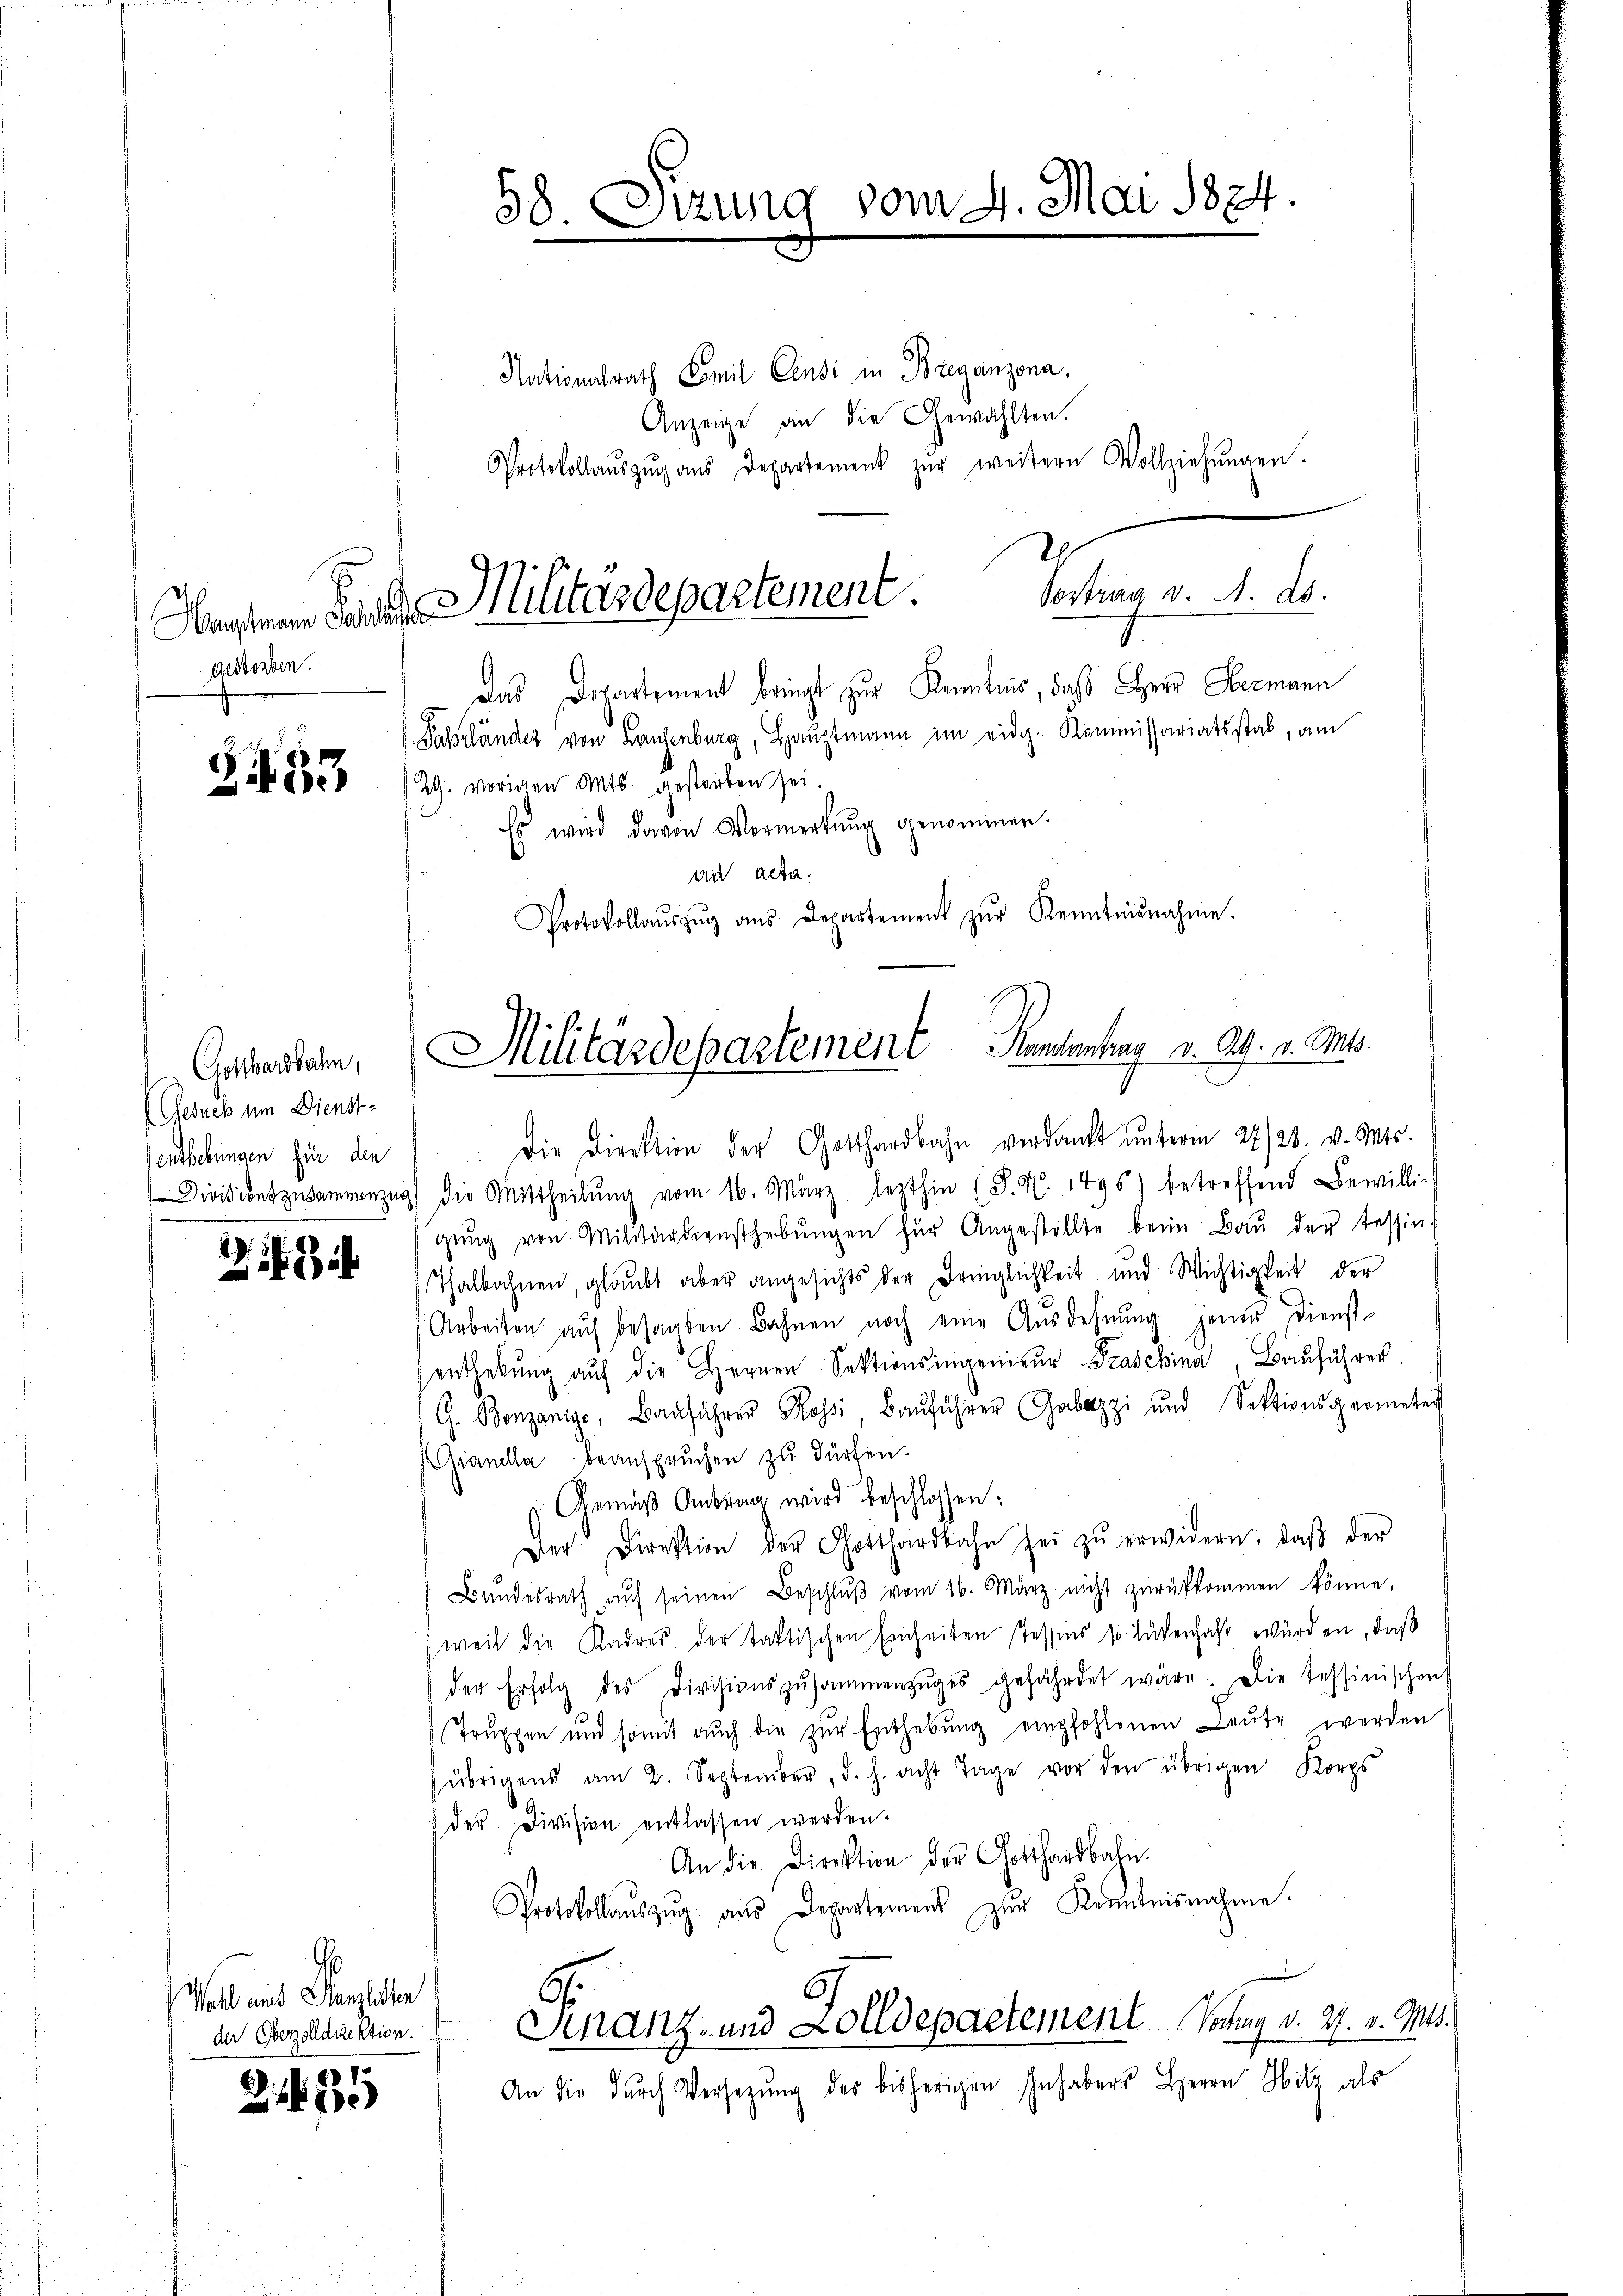
gestorben.

Zi453

1.
21)

Gotthardbahn,
(Gesuch um Dienst-
enthebungen für den

G
Wahl und Kanzlisten

Nationalrath Emil Censi in Breganzona.
Anzeige an die Gewählten.
Protokollaŭszŭg aŭs Departement zŭr weitern Vollziehŭngen.
2
Das Departement bringt zur Kenntnis, daß Herr Hermann
Fahrländer von Frauenburg, Hauptmann im eidg. Kommissariatsstab, am
29. vorigen Mts. gestorben sei.
Es wird davon Vormerkŭng genommen.
die acta.
Protokollaŭszŭg aŭs Departement zŭr Kenntnisnahme.

Die Direktion der Gotthardbahn verdankt ŭnterm 22/28. v. Mts.
Divisions zusammenzug die Mittheilŭng vom 16. März lezthin (P. N. 1495) betreffend Bewilligŭng von Militärdiensthebŭngen für Angestellte beim Baŭ der tessin-
Thalbahnen, glaubt aber angesichts der Dringlichkeit und Wichtigkeit der
Arbeiten aŭf besagten Bahnen noch eine Ausdehnŭng jenen Dienst-
enthebŭng aŭf die Herren Sektionsingenieŭr Praschina, Bauführer
G. Bonzonigo, Bauführer Kossi, Bauführer Gabuzzi und Sektionsgeometer
Gianella beanspruchen zu dürfen.
Gemäß Antrag wird beschlossen:
Der Direktion der Gotthardbahn sei zŭ erwidern, daβ der
Bŭndesrath aŭf seinen Beschlŭβ vom 16. März nicht zŭrückkommen könne,
weil die Kadres der taktischen Einheiten tessens so lütenhaft würden, daß
der Erfolg des Divisionszusammenzŭges gefährdet wäre. Die tessinischen
Trŭppen und somit aŭch die zŭr Enthebŭng empfohlenen Leŭte werden
übrigens am 2. September, d. h. acht Tage vor den übrigen Korps
der Division entlassen werden.
An die Direktion der Gotthardbahn.
Protokollaŭszŭg aŭs Departemens zŭr Kenntnisnahme.
de Cazeldaktion. Finanz- und Zolldepartement. Vortrag d. 27. v. Mts.
An die dŭrch Versetzŭng des bisherigen Inhaber Herrn Hitz als

58. Sizung vom 4. Mai 1824.

Aendenen Landes Militardepartement. Vertrag v. M. D.

Militärdepartement Kamantrag v. Ag. v. Mts.